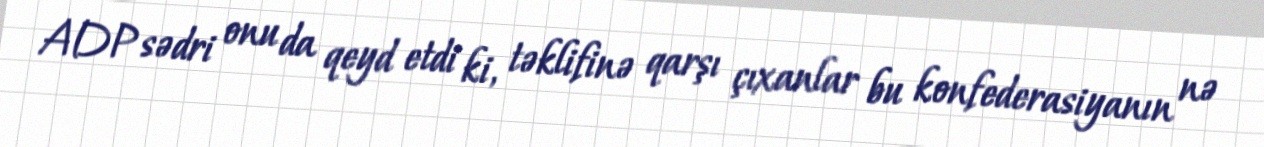
ADP sədri onu da qeyd etdi ki, təklifinə qarşı çıxanlar bu konfederasiyanın nə